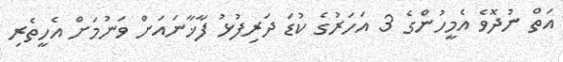
އަތް ނުދޮވެ އެމީހުންގެ 3 އަހަރުގެ ކުޑަ ދަރިފުޅު ފާޚާނައަށް ވަނުމަށް އެހީތެރި